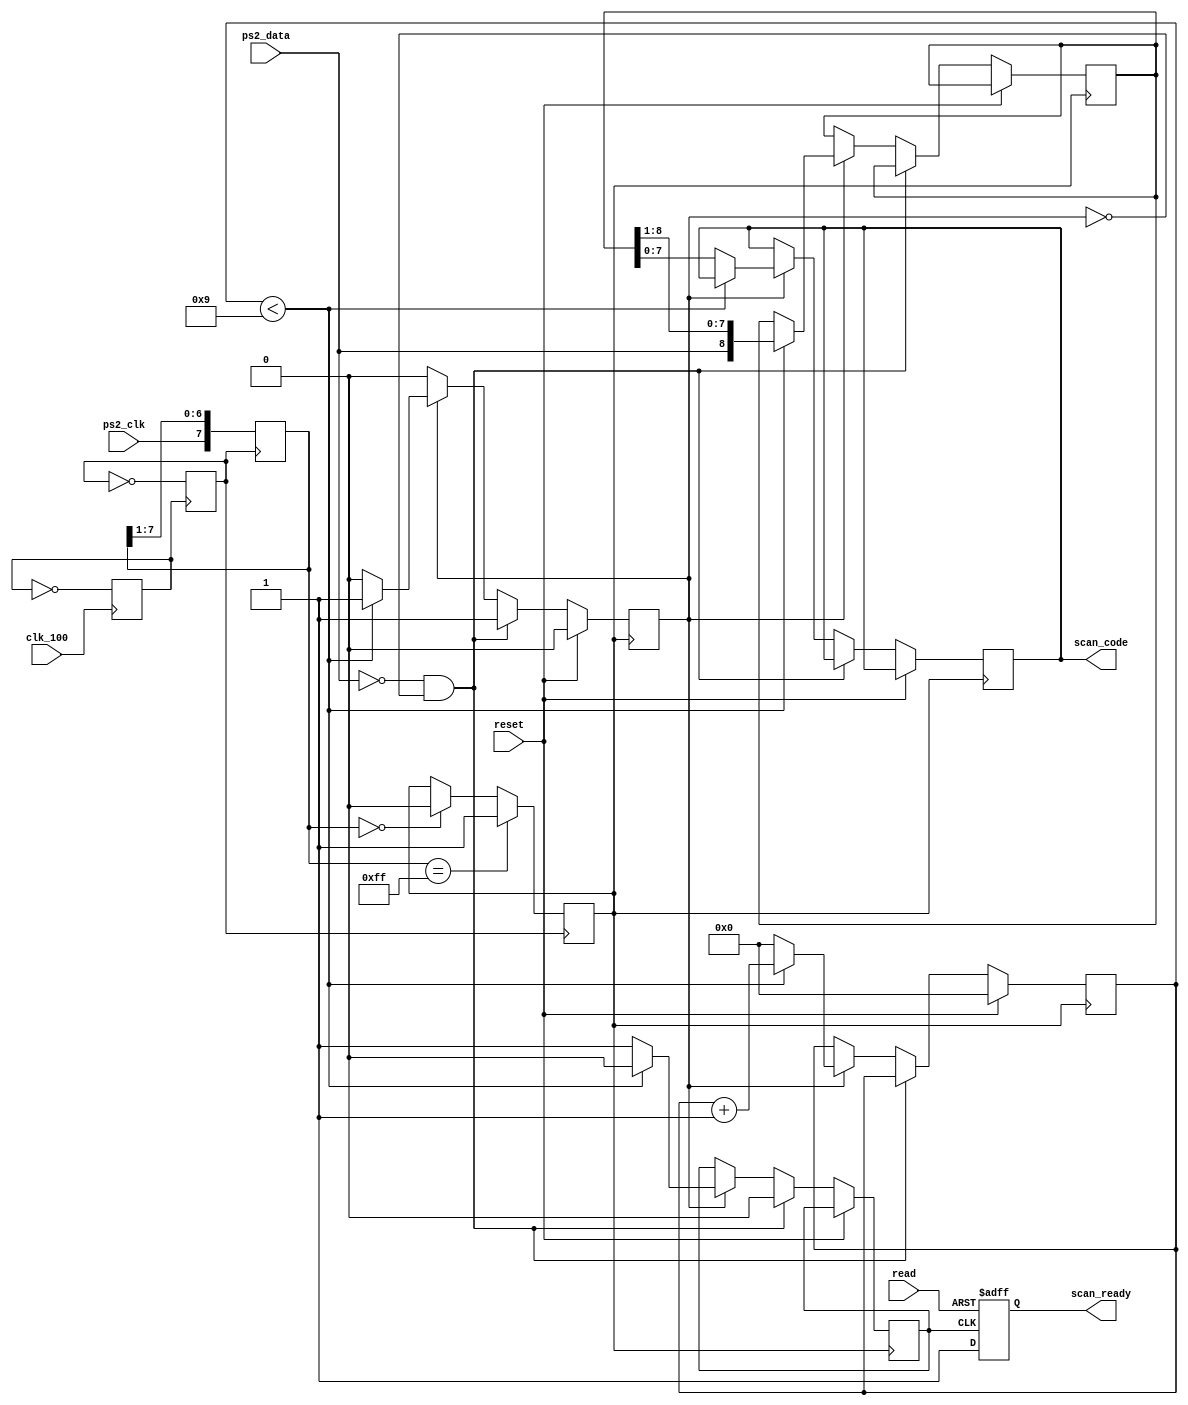
module ps2
	(
	 input ps2_clk,
	 input ps2_data,
	 input clk_100,
	 input reset,
	 input read,
	 output scan_ready,
	 output [7:0] scan_code
	);

	reg ready_set;
	reg [7:0] scan_code;
	reg scan_ready;
	reg read_char;
	reg clk_50; // 50 Mhz internal clock
	reg clk;    // 25 Mhz internal clock

	reg [3:0] incnt;
	reg [8:0] shiftin;

	reg [7:0] filter;
	reg ps2_clk_filtered;

	// scan_ready is set to 1 when scan_code is available.
	// user should set read to 1 and then to 0 to clear scan_ready

	always @ (posedge ready_set or posedge read)
	if (read == 1) scan_ready <= 0;
	else scan_ready <= 1;

	// divide-by-two 100MHz to 50MHz
	always @(posedge clk_100)
	    clk_50 <= ~clk_50;

	// divide-by-two 50MHz to 25MHz
	always @(posedge clk_50)
	    clk <= ~clk;



	// This process filters the raw clock signal coming from the ps2 
	// using an eight-bit shift register and two AND gates

	always @(posedge clk)
	begin
	   filter <= {ps2_clk, filter[7:1]};
	   if (filter==8'b1111_1111) ps2_clk_filtered <= 1;
	   else if (filter==8'b0000_0000) ps2_clk_filtered <= 0;
	end


	// This process reads in serial data coming from the terminal

	always @(posedge ps2_clk_filtered)
	begin
	   if (reset==1)
	   begin
	      incnt <= 4'b0000;
	      read_char <= 0;
	   end
	   else if (ps2_data==0 && read_char==0)
	   begin
	    read_char <= 1;
	    ready_set <= 0;
	   end
	   else
	   begin
	       // shift in next 8 data bits to assemble a scan code    
	       if (read_char == 1)
		   begin
		      if (incnt < 9) 
		      begin
		        incnt <= incnt + 1'b1;
		        shiftin = { ps2_data, shiftin[8:1]};
		        ready_set <= 0;
		    end
		else
		    begin
		        incnt <= 0;
		        scan_code <= shiftin[7:0];
		        read_char <= 0;
		        ready_set <= 1;
		    end
		end
	    end
	end

endmodule